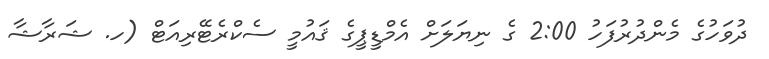
ދުވަހުގެ މެންދުރުފަހު 2:00 ގެ ނިޔަލަށް އެމްޑީޕީގެ ޤައުމީ ސެކްރެޓޭރިއަޓް (ހ. ޝަރާޝާ